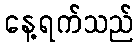
နေ့ရက်သည်